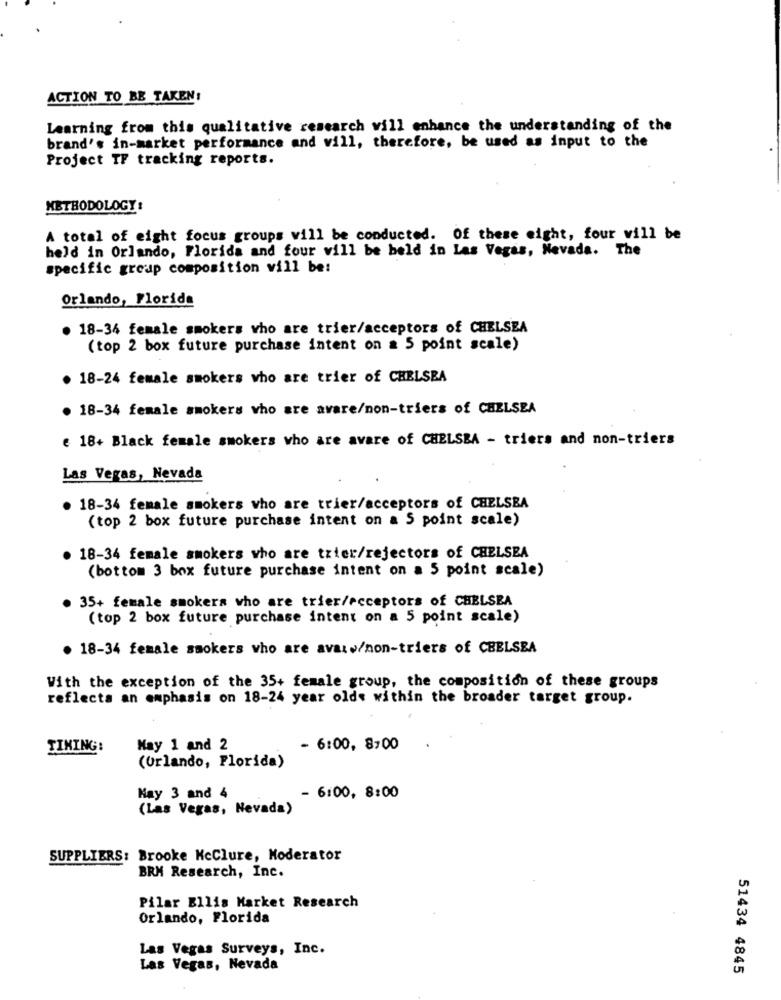
ACTION TO BE TAKEN!
Learning from this qualitative research will enhance the understanding of the
brand's in-market performance and vill, therefore, be used as input to the
Project TF tracking reports.
METHODOLOGY :
A total of eight focus groups will be conducted. Of these eight, four will be
held in Orlando, Florida and four will be held in Las Vegas, Nevada. The
specific group composition will be:
Orlando, Florida
. 18-34 female smokers who are trier/acceptors of CHELSEA
(top 2 box future purchase intent on a 5 point scale)
. 18-24 female smokers who are trier of CHELSEA
. 18-34 female smokers who are avare/non-triers of CHELSEA
e 18+ Black female smokers who are avare of CHELSEA - triers and non-triers
Las Vegas, Nevada
. 18-34 female smokers who are trier/acceptors of CHELSEA
(top 2 box future purchase intent on a 5 point scale)
. 18-34 female smokers who are tzier/rejectors of CHELSEA
(bottom 3 box future purchase intent on a 5 point scale)
35+ female smokers who are trier/ecceptors of CHELSEA
(top 2 box future purchase intent on a 5 point scale)
. 18-34 female smokers who are avaiw/non-triers of CHELSEA
With the exception of the 35+ female group, the composition of these groups
reflects an emphasis on 18-24 year olds within the broader target group.
TIMING:
May 1 and 2
- 6:00, 8:00
(Orlando, Florida)
Hay 3 and 4
- 6:00, 8:00
(Las Vegas, Nevada)
SUPPLIERS: Brooke NcClure, Moderator
BRM Research, Inc.
Pilar Ellis Market Research
Orlando, Florida
Las Vegas Surveys, Inc.
Las Vegas, Nevada
51434 4845